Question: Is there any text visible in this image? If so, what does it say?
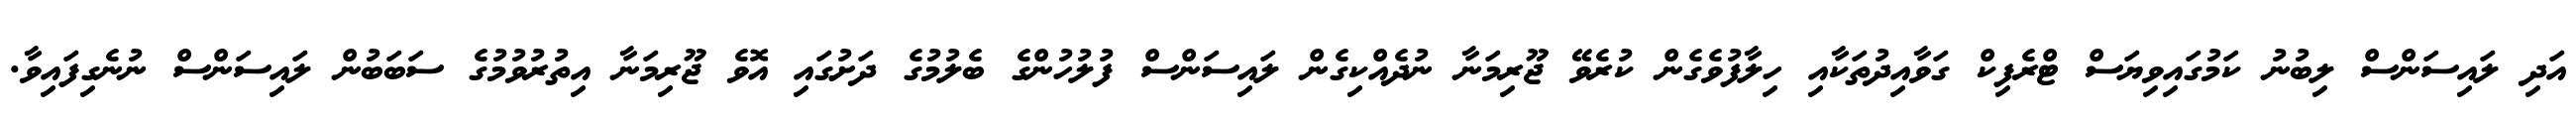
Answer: އަދި ލައިސަންސް ލިބުނު ކަމުގައިވިޔަސް ޓްރެފިކް ގަވާއިދުތަކާއި ހިލާފުވެގެން ކުރެވޭ ޖޫރިމަނާ ނުދެއްކިގެން ލައިސަންސް ފުލުހުންގެ ބެލުމުގެ ދަށުގައި އޮވެ ޖޫރިމަނާ އިތުރުވުމުގެ ސަބަބުން ލައިސަންސް ނުނެގިފައިވާ.